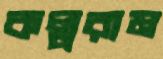
কল্পরাম